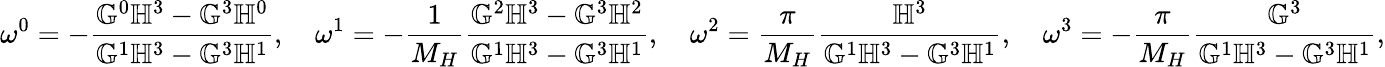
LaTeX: \omega^{0}=-\frac{\mathbb{G}^{0}\mathbb{H}^{3}-\mathbb{G}^{3}\mathbb{H}^{0}}{\mathbb{G}^{1}\mathbb{H}^{3}-\mathbb{G}^{3}\mathbb{H}^{1}},\quad\omega^{1}=-\frac{1}{M_{H}}\frac{\mathbb{G}^{2}\mathbb{H}^{3}-\mathbb{G}^{3}\mathbb{H}^{2}}{\mathbb{G}^{1}\mathbb{H}^{3}-\mathbb{G}^{3}\mathbb{H}^{1}},\quad\omega^{2}=\frac{\pi}{M_{H}}\frac{\mathbb{H}^{3}}{\mathbb{G}^{1}\mathbb{H}^{3}-\mathbb{G}^{3}\mathbb{H}^{1}},\quad\omega^{3}=-\frac{\pi}{M_{H}}\frac{\mathbb{G}^{3}}{\mathbb{G}^{1}\mathbb{H}^{3}-\mathbb{G}^{3}\mathbb{H}^{1}},